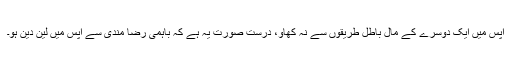
آپس میں ایک دوسرے کے مال باطل طریقوں سے نہ کھاؤ، درست صورت یہ ہے کہ باہمی رضا مندی سے آپس میں لین دین ہو۔